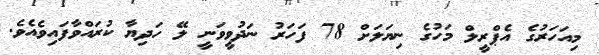
މިއަހަރުގެ އެޕްރީލް މަހުގެ ނިޔަލަށް 78 ފަހަރު ނަދުވީވަނީ ލޭ ހަދިޔާ ކުރައްވާފައިވެއެވެ.